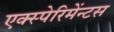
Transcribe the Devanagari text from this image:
एक्स्पेरिमेंन्टस